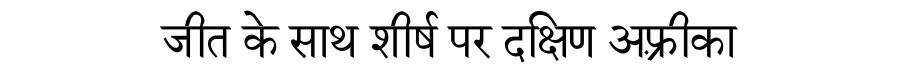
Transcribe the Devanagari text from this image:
जीत के साथ शीर्ष पर दक्षिण अफ़्रीका